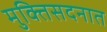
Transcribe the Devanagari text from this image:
मुक्तिसदनात